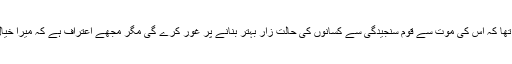
میرا خیال تھا کہ اس کی موت سے قوم سنجیدگی سے کسانوں کی حالت زار بہتر بنانے پر غور کرے گی مگر مجھے اعتراف ہے کہ میرا خیال غلط تھا۔